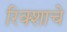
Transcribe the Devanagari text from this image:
रिक्शाचे